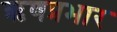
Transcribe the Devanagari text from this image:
ऋणप्रभार